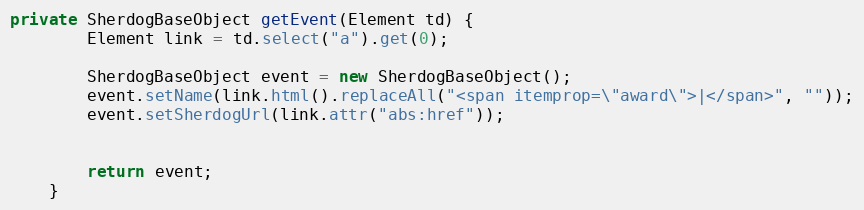
Language: Java
private SherdogBaseObject getEvent(Element td) {
        Element link = td.select("a").get(0);

        SherdogBaseObject event = new SherdogBaseObject();
        event.setName(link.html().replaceAll("<span itemprop=\"award\">|</span>", ""));
        event.setSherdogUrl(link.attr("abs:href"));

        return event;
    }